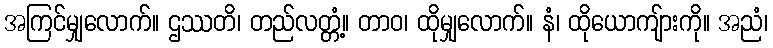
အကြင်မျှလောက်။ ဌဿတိ၊ တည်လတ္တံ့။ တာဝ၊ ထိုမျှလောက်။ နံ၊ ထိုယောကျ်ားကို။ အညံ၊